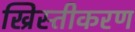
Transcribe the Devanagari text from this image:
ख्रिस्तीकरण